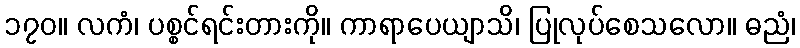
၁၇၀။ လကံ၊ ပစ္စင်ရင်းတားကို။ ကာရာပေယျာသိ၊ ပြုလုပ်စေသလော။ ဓညံ၊